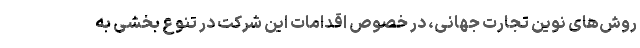
روش‌های نوین تجارت جهانی، در خصوص اقدامات این شرکت در تنوع بخشی به